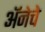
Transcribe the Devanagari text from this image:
अॅनेचे